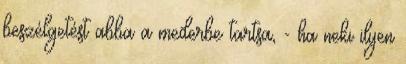
beszélgetést abba a mederbe tartsa, - ha neki ilyen